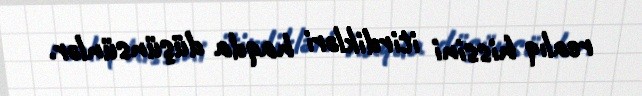
realıq hissini itirdikləri haqda düşünsünlər.